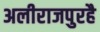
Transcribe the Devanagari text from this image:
अलीराजपुरहै